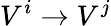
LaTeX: V^{i}\rightarrow V^{j}